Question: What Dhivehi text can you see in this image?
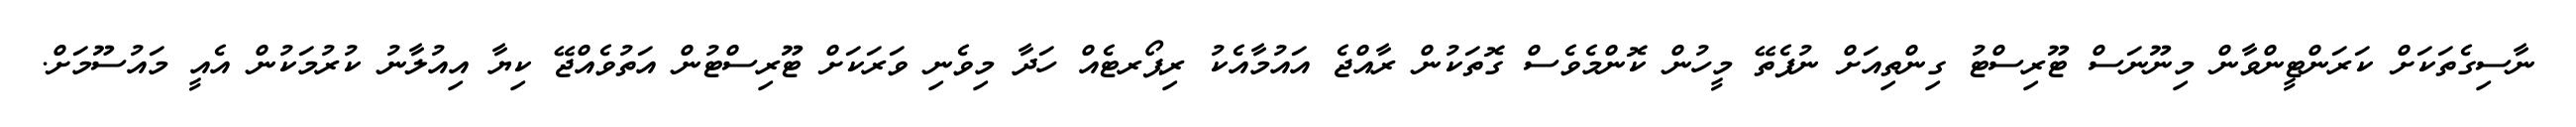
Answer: ނާސިގެތަކަށް ކަރަންޓީންވާން މިނޫނަސް ޓޫރިސްޓު ގިންތިއަށް ނުފެތޭ މީހުން ކޮންމެވެސް ގޮތަކުން ރާއްޖެ އައުމާއެކު ރިޕޯރޓެއް ހަދާ މިވެނި ވަރަކަށް ޓޫރިސްޓުން އަތުވެއްޖޭ ކިޔާ އިއުލާނު ކުރުމަކުން އެއީ މައުސޫމަށް.